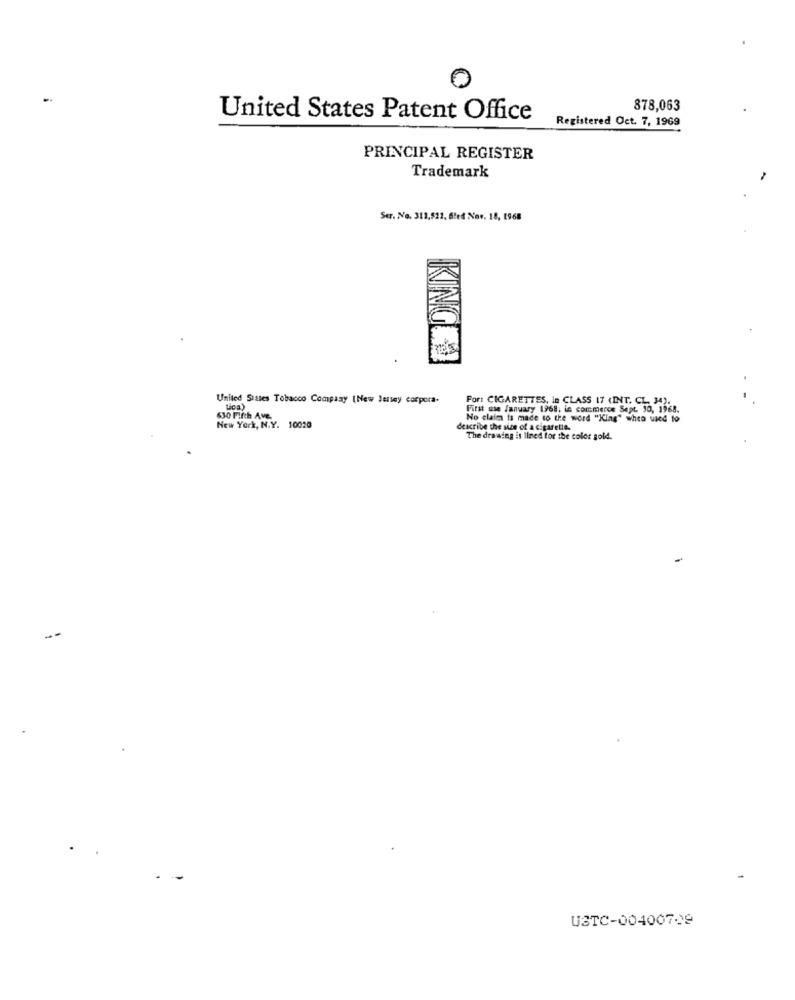
878,063
United States Patent Office
Registered Oct. 7, 1969
PRINCIPAL REGISTER
Trademark
Ser. No. 312,522, 6fed Nav. 18, 1968
KING
United Sistes Tobacco Company (New Jersey corpora-
For: CIGARETTES, In CLASS 17 (INT. CL. 34).
Loa)
First use January 1968, in commerce Sept. 10, 1968.
630 Fifth Ave.
No claim is made to the word "King" when used to
New York, N.Y. 10020
describe the size of a cigar
The drawing is lined for the color gold.
USTC-00400709